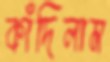
কাঁদিলাম